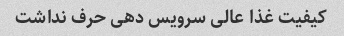
کیفیت غذا عالی سرویس دهی حرف نداشت